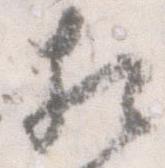
相